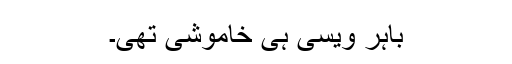
باہر ویسی ہی خاموشی تھی۔